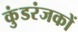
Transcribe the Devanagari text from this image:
कुंडरंजकों